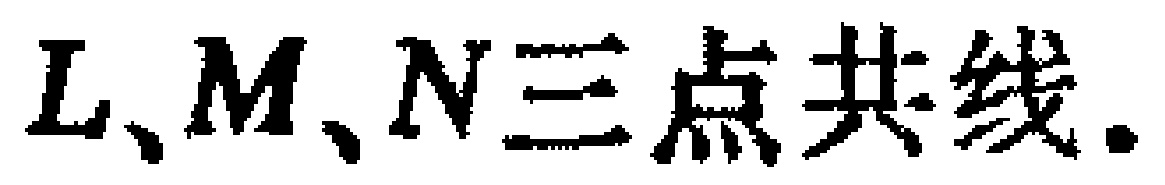
$L、M、N三点共线.$